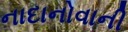
નાદાનોવાની